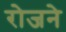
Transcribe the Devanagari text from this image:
रोजने